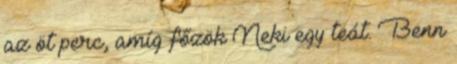
az öt perc, amíg főzök Neki egy teát. Benn